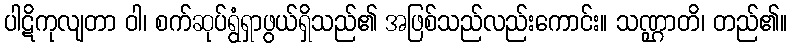
ပါဋိကုလျတာ ဝါ၊ စက်ဆုပ်ရွံရှာဖွယ်ရှိသည်၏ အဖြစ်သည်လည်းကောင်း။ သဏ္ဌာတိ၊ တည်၏။